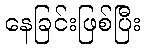
နေခြင်းဖြစ်ပြီး